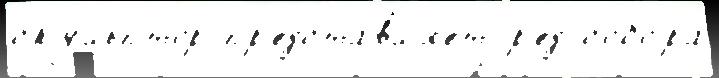
ску́льптор пр'едставл'я́ет р'ед собо́ра